Annual statistical returns and brief notes on vaccination in Bengal - 1887-1898
Year: 1887
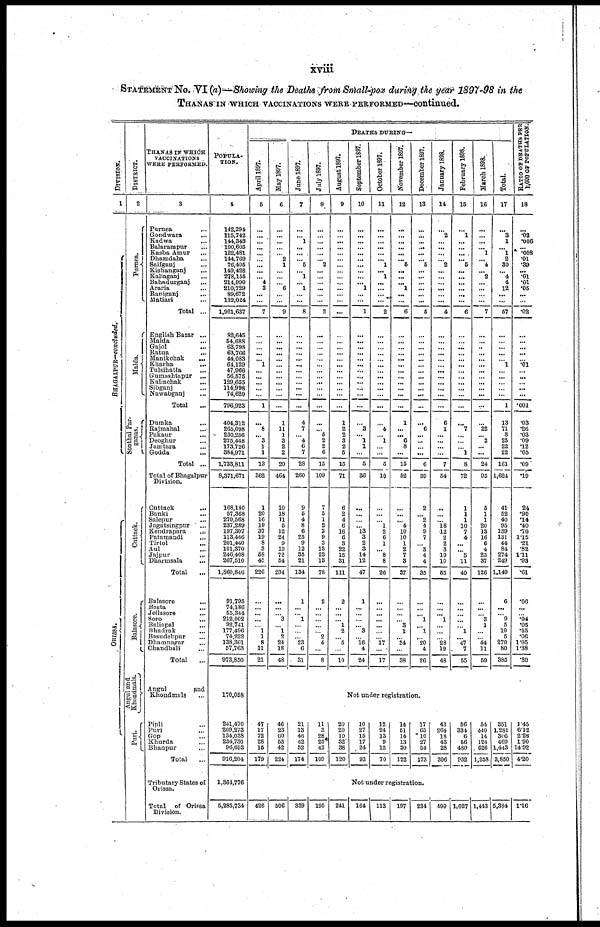
xviii
STATEMENT No. VI(a)—Showing the Deaths from Small-pox during the year 1897-98 in the
THANAS IN WHICH VACCINATIONS WERE PERFORMED—continued.
DIVISION.
1
BHAGALPUR—concluded.
ORISSA.
DISTRICT.
2
Purnea.
Malda.
Sonthal Par-
ganas.
Cuttack.
Balasore.
Angul and
Khondmals.
Pari.
THANAS IN WHICH
VACCINATIONS
WERE PERFORMED.
3
Purnea...
Gondwara...
Kadwa...
Balarampur...
Kasba
Amur...
Dhamdaha...
Saifganj...
Kishanganj...
Kaliaganj...
Bahadurganj...
Araria...
Raniganj...
Matiari...
Total ...
English Bazar...
Malda...
Gajol...
Ratua...
Manikchak...
Kharba...
Tulsihatta...
Gumashtapur...
Kaliachak...
Sibganj...
Nawabganj...
Total...
Dumka...
Rajmahal...
Pakaur...
Deoghur...
Jamtara...
Godda...
Total ...
Total of Bhagalpur
Division.
Cuttack...
Banki...
Salepur...
Jagatsingpur...
Kendrapara...
Patamandi...
Tirtol...
Aul...
Jajpur...
Dharmsala...
Total...
Balasore...
Basta...
Jellasore...
Soro...
Baliapal...
Bhadrak...
Basudebpur...
Dhamnagar...
Chandbali...
Total...
Angul
and
Khondmals...
Pipli...
Puri...
Gop...
Khurda...
Bhanpur...
Total...
Tributary States of
Orissa.
Total of Orissa
Division.
POPULA-
TION.
4
142,294 115,742 144,3463 100,605
122,481
144,769
76,405
149,428
278,155
214,990
210,729
89,672
132,024
1,921,637
82,645
54,688
63,798
63,766
44,083
61,129
47,966
56,575
129,655
114,998
74,620
796,923
404,312
265,098
230,256
275,448
173,726
384,971
1,733,811
8,371,671
168,140
57,368
270,568
237,289
197,307
113,446
201,440
101,370
246,408
267,510
1,860,846
91,795
74,186
55,344
212,002
92,741
177,496
74,222
138,301
57,763
973,850
170,058
241,470
209,273
134,038
234,730
96,693
916,204
1,364,776
5,285,734
DEATHS DURING—
April 1897.
5
...
...
...
...
...
...
...
...
... 4
3
...
...
7
...
...
...
...
... 1
...
...
...
...
...
1
...
8
... 3
1
1
13
362
1
20
16
19
37
19
8
3
58
45
226
...
...
...
...
...
1
1
8
11
21
May 1897.
6
...
...
...
...
... 2
1
...
...
... 6
...
...
9
...
...
...
...
...
...
...
...
...
...
...
...
1
11
1
3
2
2
20
464
10
18
11
5
12
24
9
19
72
54
234
...
...
... 3
... 1
2
24
18
48
June 1897.
7
...
...
1
...
...
...
5
...
1
... 1
...
...
8
...
...
...
...
...
...
...
...
...
...
...
...
4
7
... 4
6
7
28
260
9
5
4
8
6
25
9
12
35
21
134
1
...
... 1
...
...
... 23
6
31
July 1897.
8
...
...
...
...
...
... 2
...
...
...
...
...
...
2
...
...
...
...
...
...
...
...
...
...
...
...
...
... 5
2
2
6
15
109
7
5
1
2
2
9
3
13
23
13
78
2
...
...
...
...
...
2
4
...
8
August 1897.
9
...
...
...
...
...
...
...
...
...
...
...
...
...
...
...
...
...
...
...
...
...
...
...
...
...
...
1
2
2
3
2
5
15
71
6
2
4
6
16
6
3
22
15
31
111
2
...
...
...
1
2
... 5
...
10
September 1897.
10
...
...
...
...
...
...
...
...
...
... 1
...
...
1
...
...
...
...
...
... ...
...
...
...
...
...
...
3
... 1
1
...
5
36
...
...
...
... 13
3
2
3
14
12
47
1
...
...
...
... 3
...
16
4
24
October 1897.
11
...
...
...
...
...
... 1
...
1
...
...
...
...
2
...
...
...
...
...
...
...
...
...
...
...
...
...
4
... 1
...
...
5
10
...
...
...
1
2
6
1
... 8
8
26
...
...
...
...
...
...
...
17
...
17
November 1897.
12
...
...
...
... ...
... 5
...
...
... 1
...
...
6
...
...
...
...
... ...
...
...
...
...
...
...
1
...
... 6
8
...
15
52
...
...
...
4
10
10
1
2
7
3
37
...
...
...
...
3
1
...
34
...
38
December 1897.
13
...
...
...
...
...
... 5
...
...
...
...
...
...
5
...
...
...
...
...
...
...
...
...
...
...
...
...
6
...
...
...
...
6
39
2
...
2
4
9
7
...
3
4
4
35
...
...
...
1
...
1
... 20
4
26
January 1898.
14
...
2
...
...
...
... 2
...
...
...
...
...
...
4
...
...
...
...
...
...
...
...
...
...
...
...
6
1
...
...
...
...
7
54
...
...
... 16
12
2
2
3
10
10
55
...
...
...
1
...
...
...
28
19
48
February 1898.
15
...
1
...
...
...
... 5
...
...
...
...
...
...
6
...
...
...
...
...
...
...
...
...
...
...
...
...
7
...
...
1
8
72
1
1
1
10
7
4
...
...
5
11
40
...
...
...
...
...
1
... 47
7
55
March 1898.
16
...
...
...
... 1
...
4
... 2
...
...
...
...
7
...
...
...
...
...
...
...
...
...
...
...
...
...
22
... 2
...
...
24
95
5
1
1
20
13
16
6
4
23
37
126
...
...
...
3
1
...
...
44
11
59
Total.
17
...
3
1
...
1
2
30
...
4
4
12
... ...
57
...
...
...
...
...
1
...
...
...
...
...
1
13
71
8
25
22
22
161
1,624
41
52
40
95
139
131
44
84
274
249
1,149
6
...
...
9
5
10
5
270
80
385
RATIO OF DEATHS PER
1,000 OF POPULATION
18
...
.02
.006
... .008
.01
.39
...
.01
.01
.05
...
...
.02
...
...
...
...
...
.01
...
...
...
...
...
.001
.03
.26
.03
.09
.12
.05
.09
.19
24
.90
.14
.40
.70
1.15
.21
.82
1.11
.93
.61
.06
...
...
.04
.05
.05
.06
1.95
1.38
.39
Not under registration.
47
17
72
28
15
179
46
23
60
53
42
224
21
13
46
42
52
174
11
3
28
25
42
109
20
20
10
32
38
120
10
27
15
17
24
93
12
24
13
9
12
70
14
51
14
13
30
122
17
65
10
27
54
173
43
264
18
43
28
396
56
334
6
56
480
932
54
440
14
124
626
1,258
351
1,281
306
469
1,443
3,850
1.45
6.12
2.28
1.90
14.92
4.20
Not under registration.
426
506 339
195
241 164
113
197
234 499 1,027 1,443 5,334 1.16